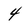
Character: 4